Report on malaria in the Punjab during the year ...  together with an account of the work of the Punjab Malaria Bureau - Volume 5
Disease focus: Malaria
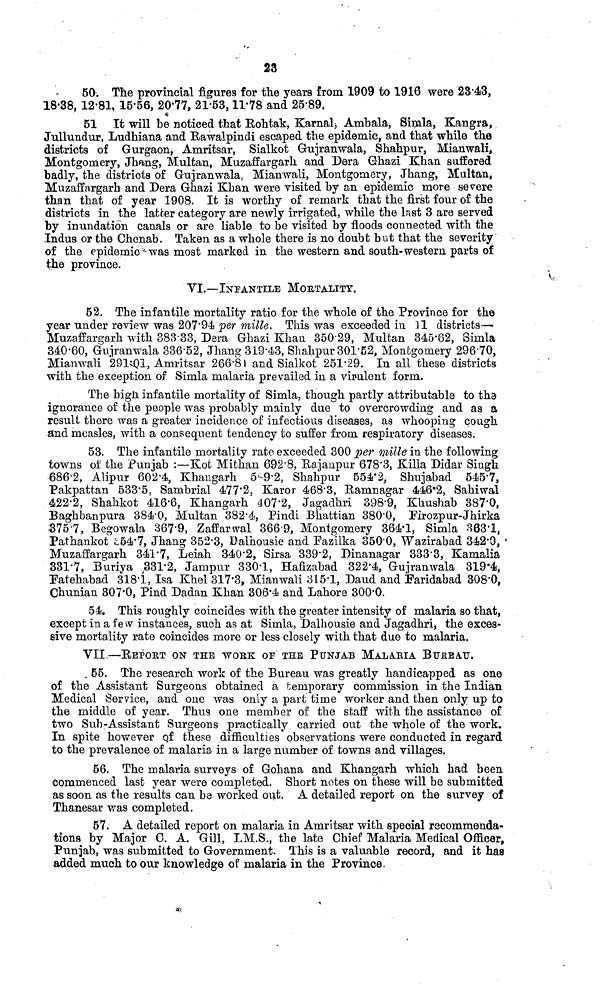
23
50. The provincial figures for the years from 1909 to 1916 were 23.43,
18.38, 12.81, 15.56, 20.77, 21.53,11.78 and 2589.
51 It will be noticed that Rohtak, Karnal,Ambala, Simla, Kangra,
Jullundur, Ludhiana and Rawalpindi escaped the epidemic, and that while the
districts of Gurgaon, Amritsar, Sialkot Gujranwala, Shahpur, Mianwali,
Montgomery, Jhang, Multan, Muzaffargarh and Dera Ghazi Khan suffered
badly, the districts of Gujranwala, Mianwali, Montgomery, Jhang, Multan,
Muzaffargarh and Pera Ghazi Khan were visited by an epidemic more severe
than that of year 1908. It is worthy of remark that the first four of the
districts in the latter category are newly irrigated, while the last 3 are served
by inundation canals or are liable to be visited by floods connected with the
Indus or the Chenab. Taken as a whole there is no doubt but that the severity
of the epidemic was most marked in the western and south-western parts of
the province.
VI.—INFANTILE MORTALITY.
52. The infantile mortality ratio for the whole of the Province for the
year under review was 207.94 per mille. This was exceeded in 11 districts—
Muzaffargarh with 388.33, Dera Ghazi Khan 350.29, Multan 345.82, Simla
340.60, Gujranwala 336.52, Jhang 319.43, Shahpur 301.52, Montgomery 296.70,
Mianwali 291.01, Amritsar 266.81 and Sialkot 251.29. In all these districts
with the exception of Simla malaria prevailed in a virulent form.
The high infantile mortality of Simla, though partly attributable to the
ignorance of the people was probably mainly due to overcrowding and as a
result there was a greater incidence of infectious diseases, as whooping cough
and measles, with a consequent tendency to suffer from respiratory diseases.
53. The infantile mortality rate exceeded 300 per mille in the following
towns of the Punjab :—Kot Mithan 692.8, Rajanpur 678.3 Killa Didar Singh
686.2, Alipur 602.4, Khangarh 59.2, Shahpur 554.2, Shujabad 545.7,
Pakpattan 533.5, Sambrial 477.2, Karor 468.3, Ramnagar 446.2, Sahiwal
422.2, Shahkot 416.6, Khangarh 407.2, Jagadhri 398.9, Khushab 387.0,
Baghbanpura 384.0, Multan 382.4, Pindi Bhattian 380.0, Firozpur-Jhirka
3757, Begowala 367.9, Zaffarwal 366.9, Montgomery 364.1, Simla 863.1,
Pathankot 554.7, Jhang 352.3, Dalhousie and Fazilka 350.0, Wazirabad 342.0,
Muzaffargarh 341.7, Leiah 340.2, Sirsa 339.2, Dinanagar 333.3, Kamalia
331.7, Buriya 331.2, Jampur 330.1, Hafizabad 322.4, Gujranwala 319.4,
Patehabad 318.1, Isa Khel 317.3, Mianwali 315.1, Daud and Earidabad 308.0,
Chunian 307.0, Pind Dadan Khan 306.4 and Lahore 300.0.
54. This roughly coincides with the greater intensity of malaria so that,
except in a few instances, such as at Simla, Dalhousie and Jagadhri, the exces-
sive mortality rate coincides more or less closely with that due to malaria.
VII.—REPORT ON THE WORK OF THE PUNJAB MALARIA BUREAU.
. 55. The research work of the Bureau was greatly handicapped as one
of the Assistant Surgeons obtained a temporary commission in the Indian
Medical Service, and one was only a part time worker and then only up to
the middle of year. Thus one member of the staff with the assistance of
two Sub-Assistant Surgeons practically carried out the whole of the work.
In spite however of these difficult] es observations were conducted in regard
to the prevalence of malaria in a large number of towns and villages.
56. The malaria surveys of Gohana and Khangarh which had been
commenced last year were completed. Short notes on these will be submitted
as soon as the results can be worked out. A detailed report on the survey of
Thanesar was completed.
57. A detailed report on malaria in Amritsar with special recommenda-
tions by Major C. A. Gill, I.M.S., the late Chief Malaria Medical Officer,
Punjab, was submitted to Government. This is a valuable record, and it has
added much to our knowledge of malaria in the Province,